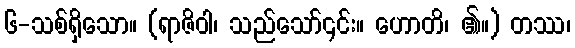
၆-သစ်ရှိသော။ (ရာဇိဝါ၊ သည်သော်၎င်း။ ဟောတိ၊ ၏။) တဿ၊